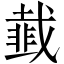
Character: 韯